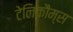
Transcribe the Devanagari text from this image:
टेलिकौम्स